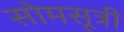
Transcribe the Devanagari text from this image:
सोमसूत्री